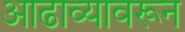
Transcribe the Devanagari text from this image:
आढाव्यावरून